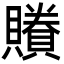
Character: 䞉